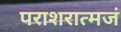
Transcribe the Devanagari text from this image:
पराशरात्मजं